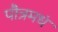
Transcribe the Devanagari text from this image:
पौत्रमधं